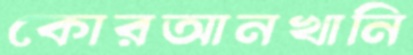
কোরআনখানি